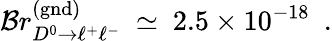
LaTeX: {\cal B}r_{D^{0}\to\ell^{+}\ell^{-}}^{\mathrm{(gnd)}}\ \simeq\ 2.5\times 10^{-18}\ \ .